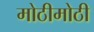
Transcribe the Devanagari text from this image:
मोठीमोठी